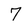
Character: 7